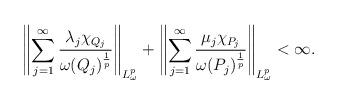
LaTeX: \begin{align*}\left \|\sum\limits_{j=1}^{\infty}\frac{\lambda_j \chi_{Q_j}}{\omega(Q_j)^{\frac{1}{p}}}\right \|_{L_{\omega}^{p}}+\left \|\sum\limits_{j=1}^{\infty}\frac{\mu_j \chi_{P_j}}{\omega(P_j)^{\frac{1}{p}}}\right \|_{L_{\omega}^{p}}<\infty.\end{align*}